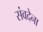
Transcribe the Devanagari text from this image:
संवदेना